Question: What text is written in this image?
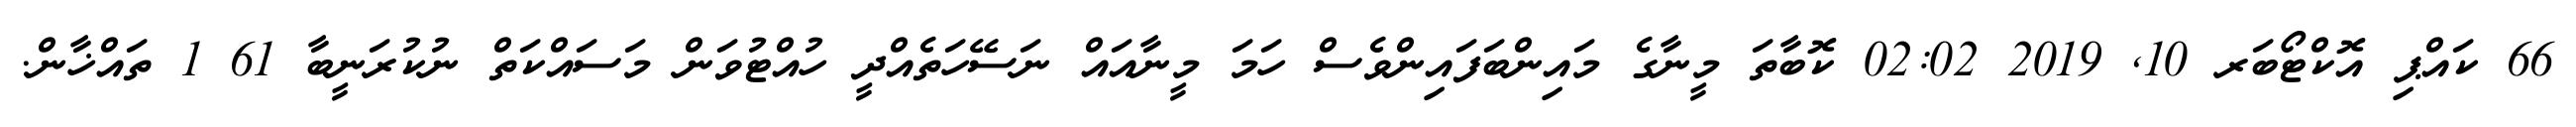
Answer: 66 ކައްޕި އޮކްޓޯބަރ 10, 2019 02:02 ކޮބާތަ މީނާގެ މައިންބަފައިންވެސް ހަމަ މީނާއައް ނަސޭހަތެއްދީ ހުއްޓުވަން މަސައްކަތް ނުކުރަނީބާ 61 1 ތައްޚާން.